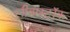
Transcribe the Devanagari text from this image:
लीबरस्टॉक